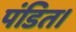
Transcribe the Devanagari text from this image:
पंडित।